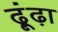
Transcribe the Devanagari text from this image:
ढ़ूंढ़ा